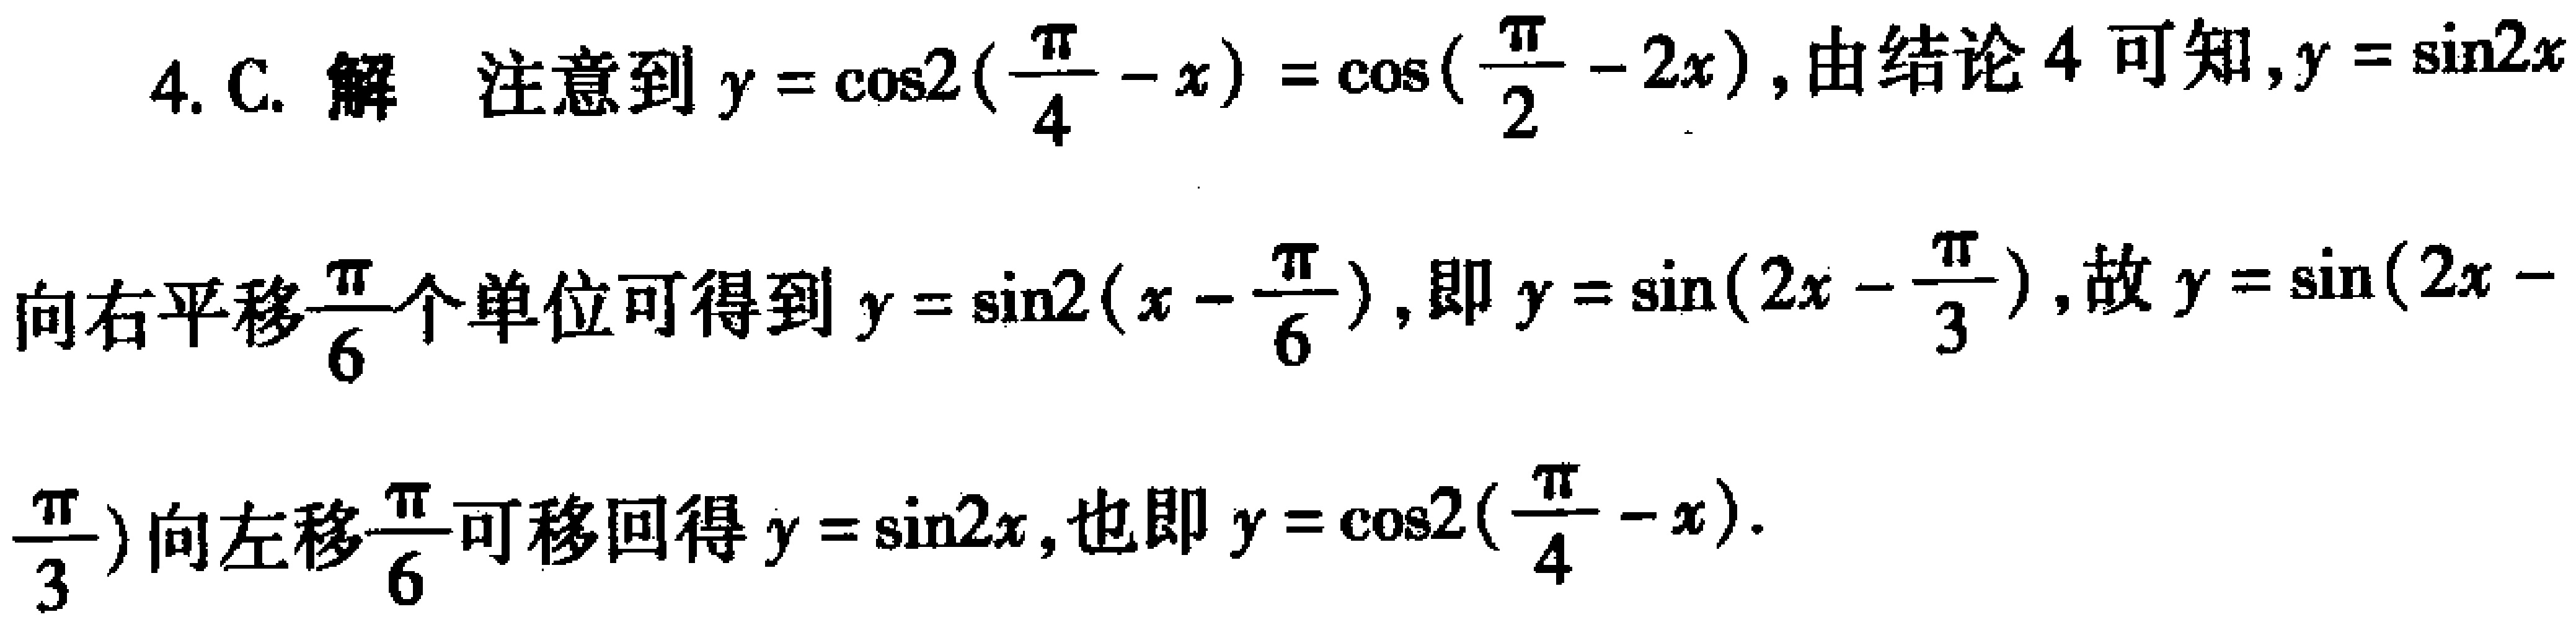
4. C. 解 注意到\(y = \cos2(\frac{\pi}{4} - x)=\cos(\frac{\pi}{2} - 2x)\)，由结论 4 可知，\(y = \sin2x\)
向右平移\(\frac{\pi}{6}\)个单位可得到\(y = \sin2(x - \frac{\pi}{6})\)，即\(y = \sin(2x - \frac{\pi}{3})\)，故\(y = \sin(2x - \frac{\pi}{3})\)向左移\(\frac{\pi}{6}\)可移回得\(y = \sin2x\)，也即\(y = \cos2(\frac{\pi}{4} - x)\)。